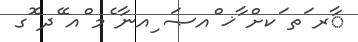
ާރ ަތ ަކށް ާޚ ްއޞަ ިއނާ ެމ ްއ ޭދ ޮގ